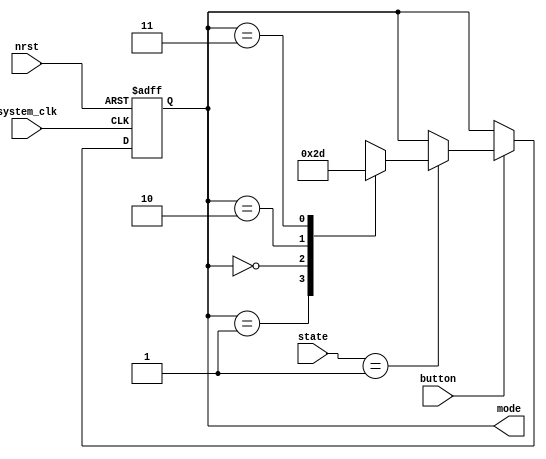
`default_nettype none
module t06_gameMode (
	button,
	nrst,
	system_clk,
	state,
	mode
);
	reg _sv2v_0;
	input wire button;
	input wire nrst;
	input wire system_clk;
	input wire [1:0] state;
	output reg [1:0] mode;
	reg [1:0] Qa;
	reg [1:0] Qn;
	always @(*) begin
		if (_sv2v_0)
			;
		case (Qa)
			2'b01: Qn = 2'b00;
			2'b00: Qn = 2'b10;
			2'b10: Qn = 2'b11;
			2'b11: Qn = 2'b01;
			default: Qn = 2'b01;
		endcase
	end
	always @(negedge nrst or posedge system_clk)
		if (~nrst)
			Qa <= 2'b01;
		else if (button) begin
			if (state == 2'b01)
				Qa <= Qn;
			else
				Qa <= Qa;
		end
		else
			Qa <= Qa;
	always @(*) begin
		if (_sv2v_0)
			;
		mode = Qa;
	end
	initial _sv2v_0 = 0;
endmodule